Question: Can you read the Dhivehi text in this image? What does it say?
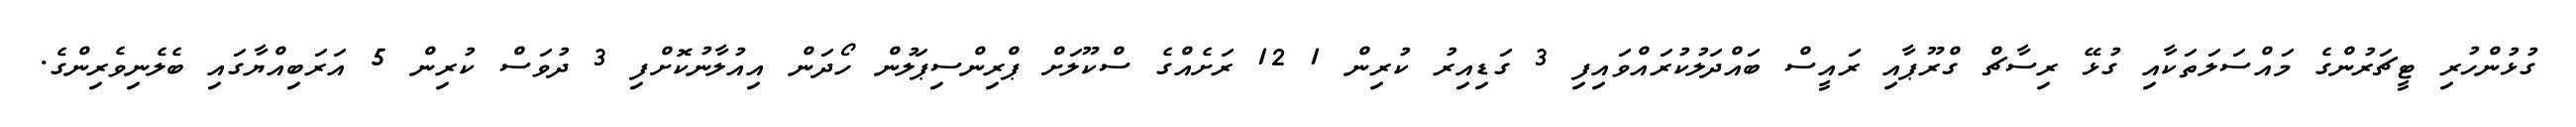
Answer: ގުޅުންހުރި ޓީޗަރުންގެ މައްސަލަތަކާއި ގުޅޭ ރިސާޗް ގްރޫޕާއި ރައީސް ބައްދަލުކުރައްވައިފި 3 ގަޑިއިރު ކުރިން 1 12 ރަށެއްގެ ސްކޫލަށް ޕްރިންސިޕަލުން ހޯދަން އިއުލާނުކޮށްފި 3 ދުވަސް ކުރިން 5 އަރަބިއްޔާގައި ބެލެނިވެރިންގެ.